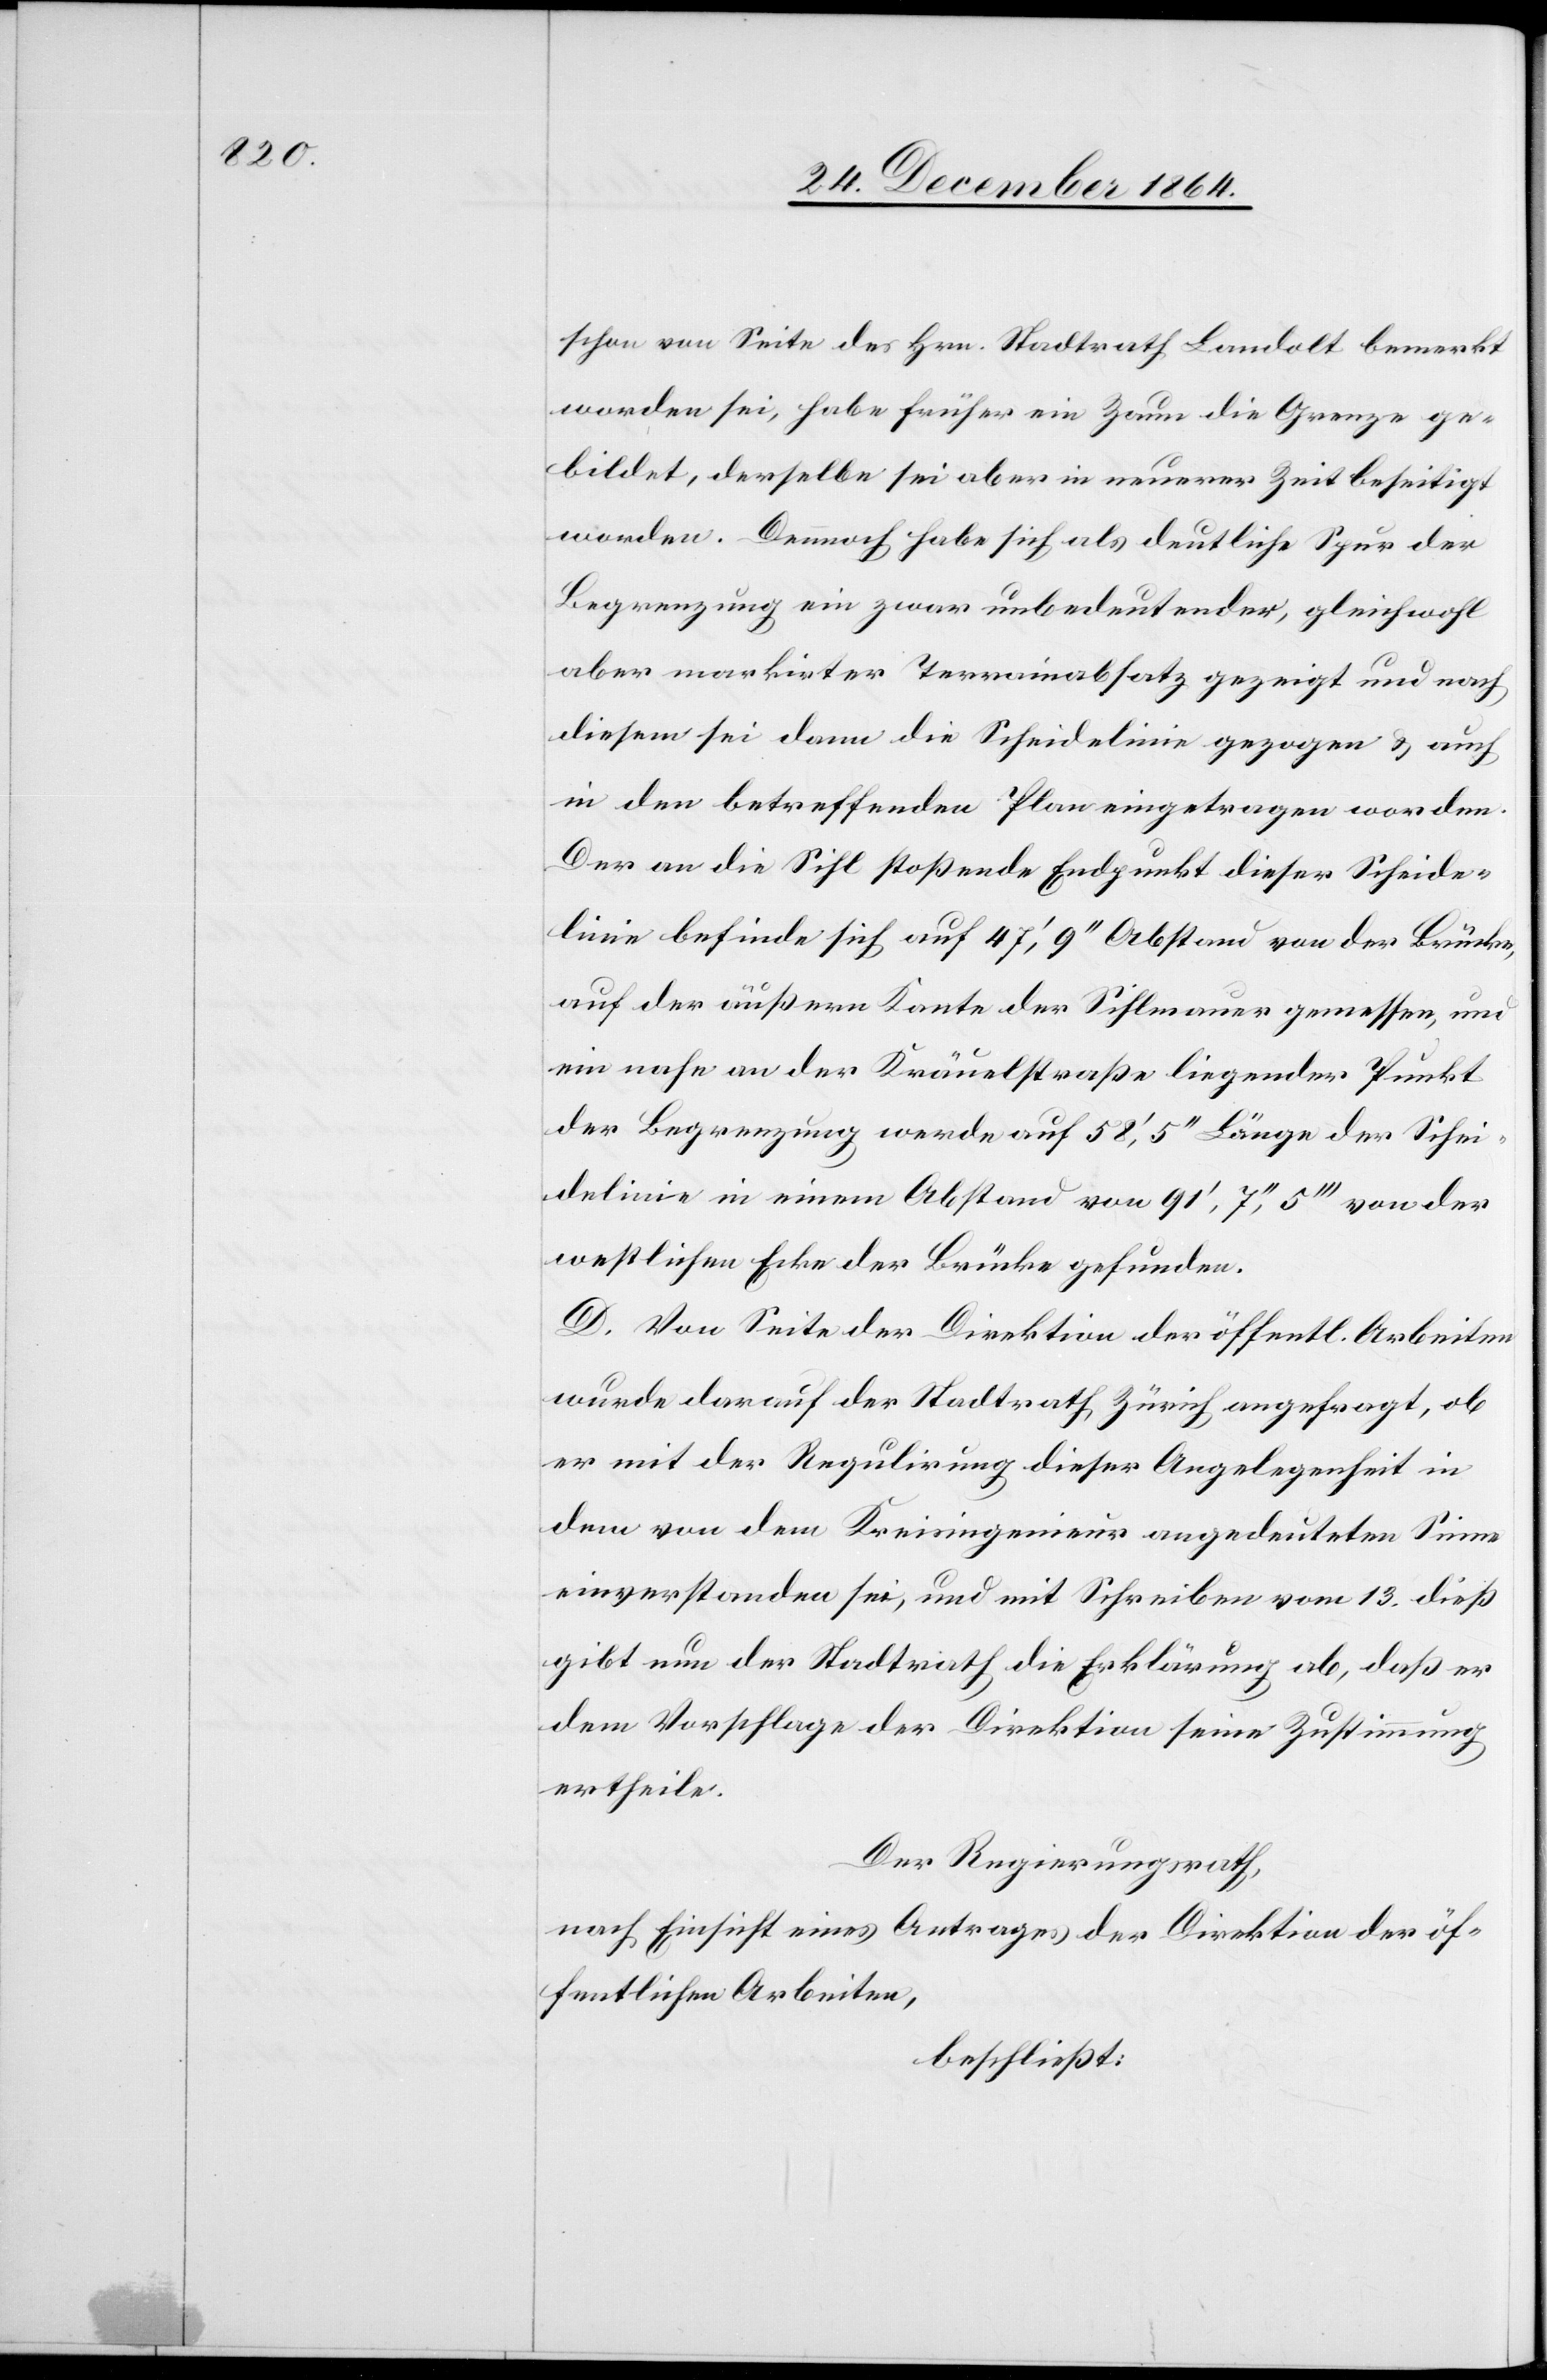
schon von Seite des Hrn. Stadtrath Landolt bemerkt
worden sei, habe früher ein Zaun die Grenze ge¬
bildet, derselbe sei aber in neuerer Zeit beseitigt
worden. Dennoch habe sich als deutliche Spruch der
Begrenzung ein zwar unbedeutender, gleichwohl
aber markirter Terrainabsatz gezeigt und nach
diesem sei dann die Scheidelinie gezogen & auch
in den betreffenden Plan eingetragen worden.
Der an die Sihl stoßende Endpunkt dieser Scheide¬
linie befinde sich auf 47’, 9’’ Abstand von der Brücke,
auf der äußern Kante der Sihlmauer gemessen, und
ein nahe an der Kräuelstraße liegender Punkt
der Begrenzung werde auf 58’, 5’’ Länge der Schei¬
delinie in einem Abstand von 91’, 7,’’ 5’’’ von der
westlichen Ecke der Brücke gefunden.
D. Von Seite der Direktion der öffentl. Arbeiten
wurde darauf der Stadtrath Zürich angefragt, ob
er mit der Regulirung dieser Angelegenheit in
dem von dem Kreisingenieur angedeuteten Sinne
einverstanden sei, und mit Schreiben vom 13. dieß
gibt nun der Stadtrath die Erklärung ab, daß er
dem Vorschlage der Direktion seine Zustimmung
ertheile.
Der Regierungsrath,
nach Einsicht eines Antrages der Direktion der öf¬
fentlichen Arbeiten,
beschließt: